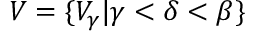
V = \{ V _ { \gamma } | \gamma < \delta < \beta \}